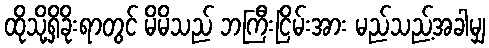
ထိုသို့ရှိခိုးရာတွင် မိမိသည် ဘကြီးငြိမ်းအား မည်သည့်အခါမျှ